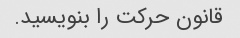
قانون حرکت را بنویسید.